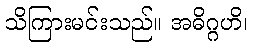
သိကြားမင်းသည်။ အဓိဂ္ဂဟိ၊